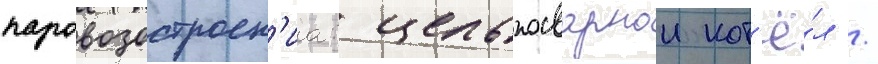
паровозостроен'иа: цельносварнои кот'ё́л /